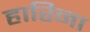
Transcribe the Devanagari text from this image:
हारिना